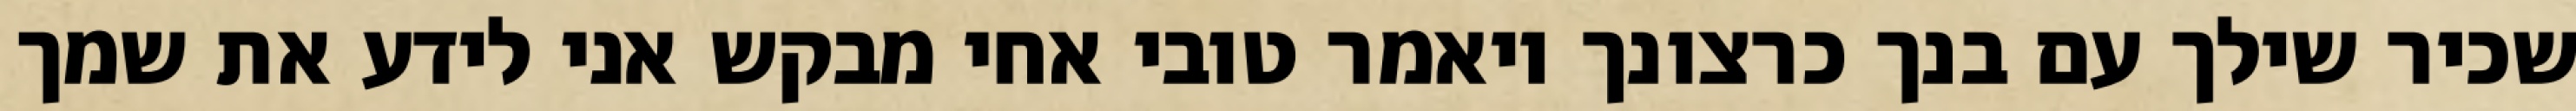
שכיר שילך עם בנך כרצונך ויאמר טובי אחי מבקש אני לידע את שמך